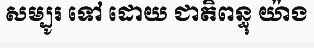
សម្បូរ ទៅ ដោយ ជាតិពន្ធុ យ៉ាង